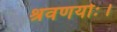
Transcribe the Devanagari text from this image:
श्रवणयोः।